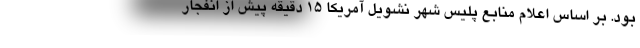
بود. بر اساس اعلام منابع پلیس شهر نشویل آمریکا 15 دقیقه پیش از انفجار